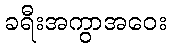
ခရီးအကွာအဝေး